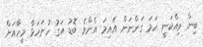
ބިން ވިއްކަނީ ހަމަ ގަންނަން އައިމަ އެންމެ ބޮޑު އަގު ހުށަހަޅާ މީހާއަށް